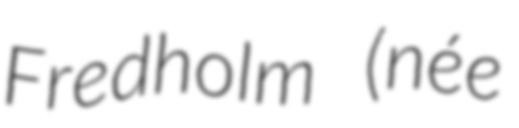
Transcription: Fredholm (née